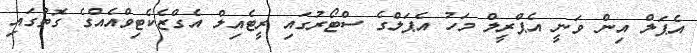
އެޕަލް އިން ވަނީ އެޕްރީލް މަހު އެޕަލްގެ ސްޓޯރުގައި ރީޓެއިލް އެގްޒެކެޓިވްއެއްގެ ގޮތުގައި